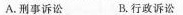
A.刑事诉讼 B.行政诉讼